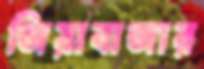
জিয়াবাজার